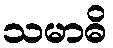
သမာဓိ